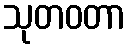
သုတဝတာ